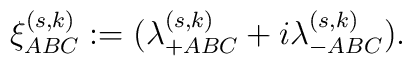
\xi^{(s,k)}_{ABC} := (\lambda^{(s,k)}_{+ABC} + i \lambda^{(s,k)}_{-ABC}).